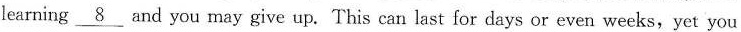
learning\underline{8}and you may give up. This can last for days or even weeks,yet you